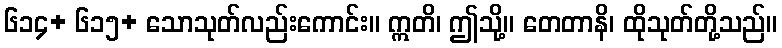
၆၁၄+ ၆၁၅+ သောသုတ်လည်းကောင်း။ ဣတိ၊ ဤသို့။ တေတာနိ၊ ထိုသုတ်တို့သည်။